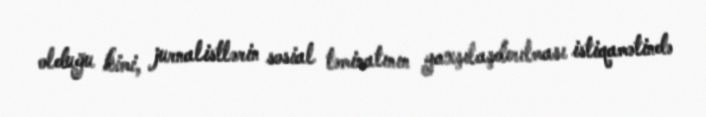
olduğu kimi, jurnalistlərin sosial təminatının yaxşılaşdırılması istiqamətində